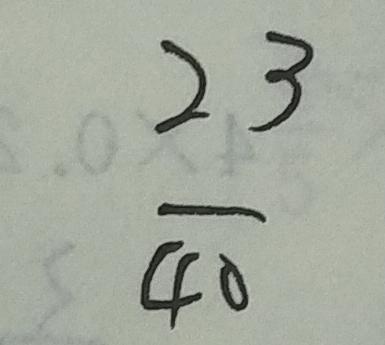
\frac { 2 3 } { 4 0 }